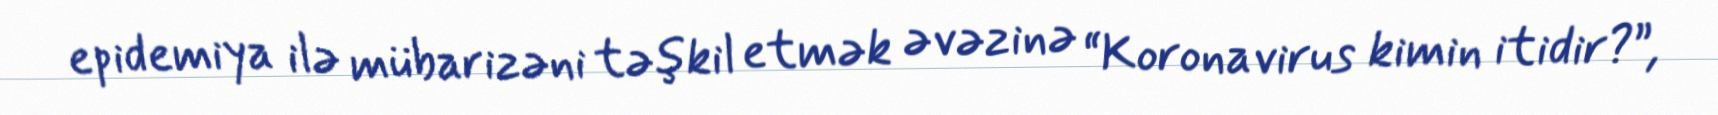
epidemiya ilə mübarizəni təşkil etmək əvəzinə “Koronavirus kimin itidir?”,